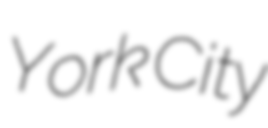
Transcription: York City